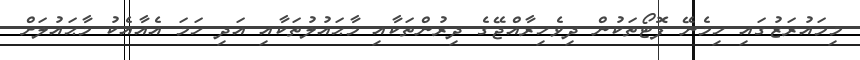
މިމައުރަޒުގައި ހިމެނޭ ފޮޓޯތަކުން ދިވެހިރާއްޖޭގެ ދިރުންތަކާއި މާޙައުލުތަކާއި އަދި ހަމަ އެއާއެކު މާޙައުލަށް